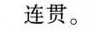
连贯。